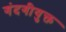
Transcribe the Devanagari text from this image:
गंदगीयुक्त